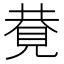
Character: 𧠩